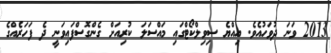
2013 ވަނަ ދުވަހުއެވެ. އިއްޔެ ސިވިލްކޯޓްގައި މައްސަލަ ކުރިއަށް ގެންގޮސްފައިވަނީ ދެ ފަހަރެއްގެ